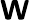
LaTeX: \boldsymbol{\mathsf{W}}